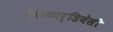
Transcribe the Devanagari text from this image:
ऐनाकार्डियेसी